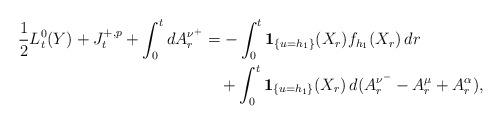
\begin{align*}\frac 1 2 L_{t}^{0}(Y)+J_{t}^{+,p}+\int_{0}^{t}dA_{r}^{\nu^{+}} &=-\int_{0}^{t}\mathbf{1}_{\{u=h_{1}\}}(X_{r})f_{h_{1}}(X_{r})\,dr\\&\quad+\int_{0}^{t}\mathbf{1}_{\{u=h_{1}\}}(X_{r})\,d(A_{r}^{\nu^{-}}-A_{r}^{\mu}+A_{r}^{\alpha}),\end{align*}